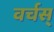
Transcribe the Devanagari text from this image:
वर्चस्